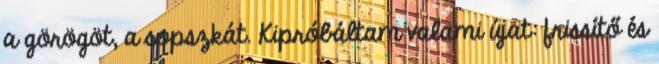
a görögöt, a sopszkát. Kipróbáltam valami újat: frissítő és